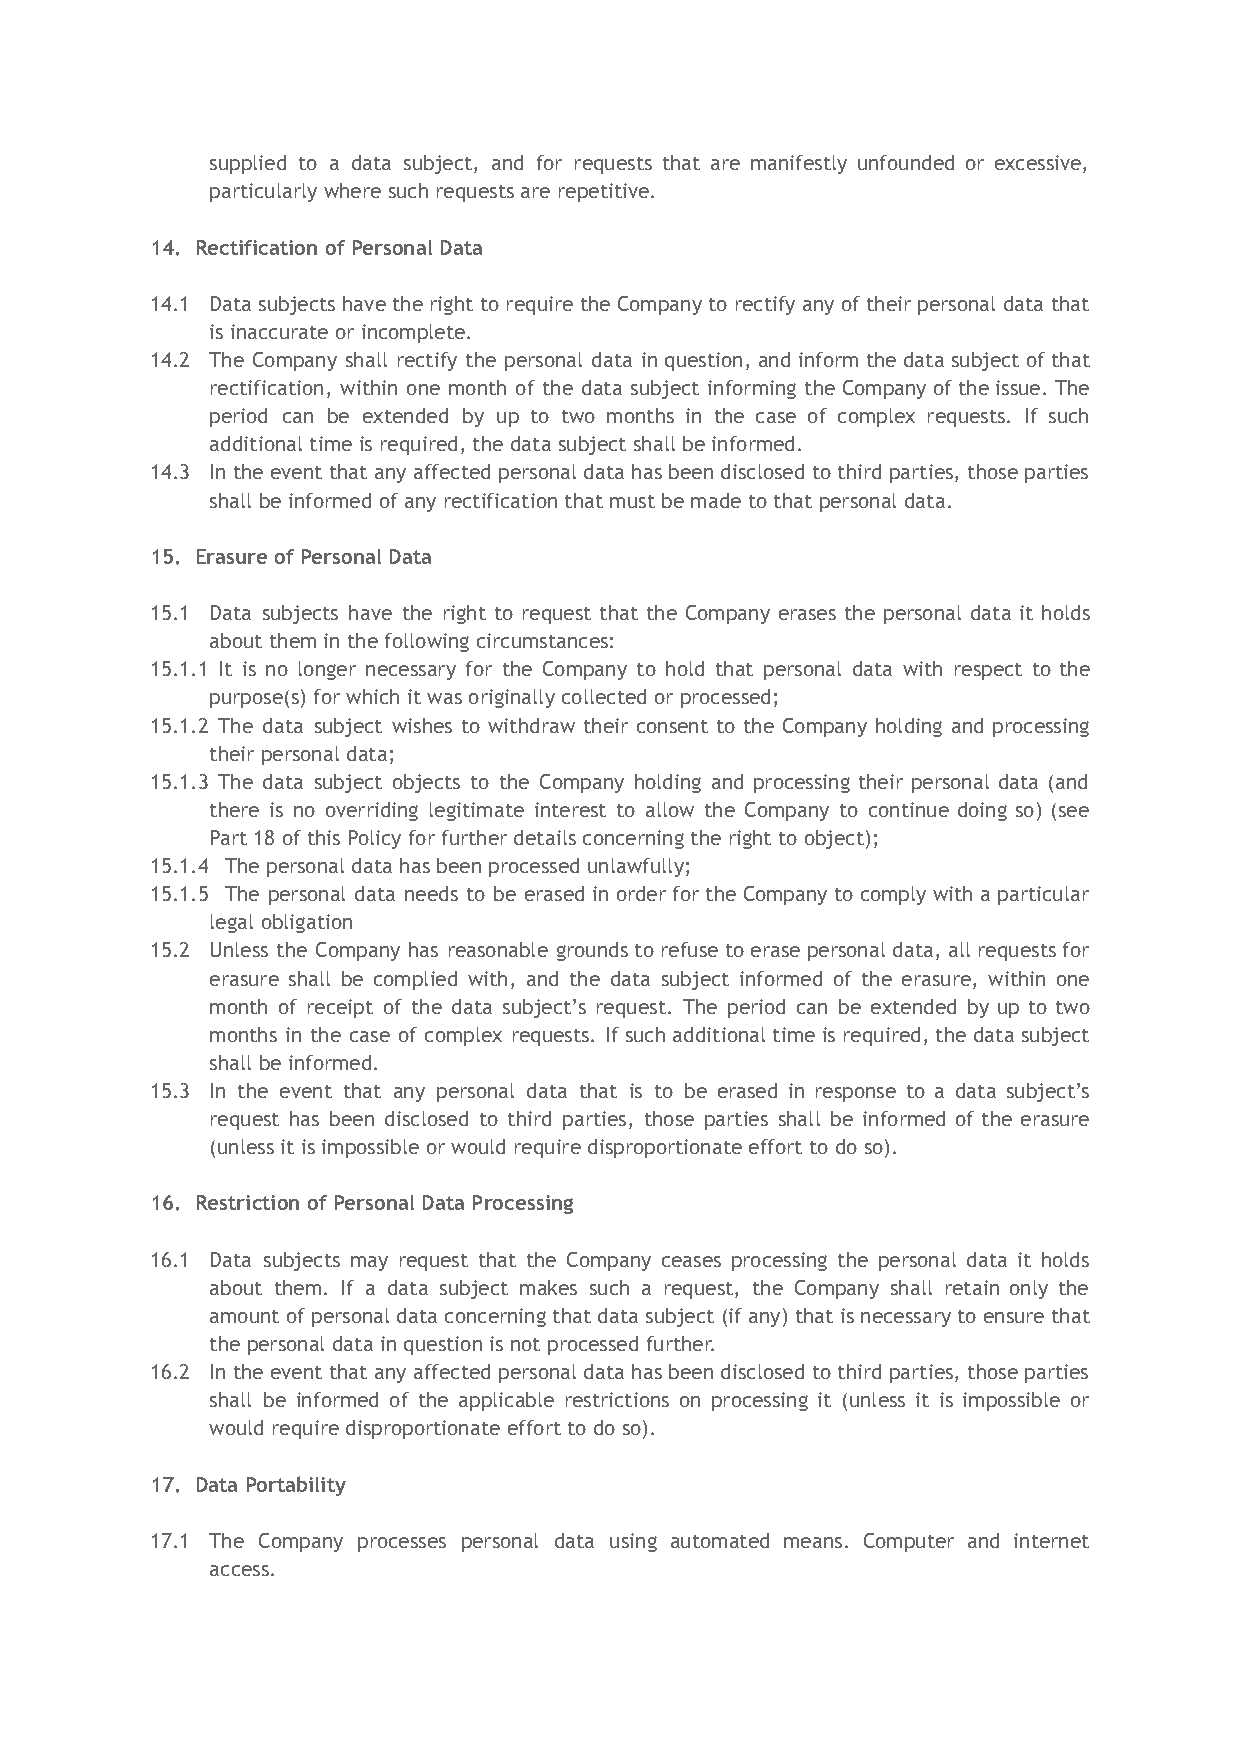
supplied to a data subject, and for requests that are manifestly unfounded or excessive,
 particularly where such requests are repetitive.
 14. Rectification of Personal Data
 14.1 Data subjects have the right to require the Company to rectify any of their personal data that
 is inaccurate or incomplete.
 14.2 The Company shall rectify the personal data in question, and inform the data subject of that
 rectification, within one month of the data subject informing the Company of the issue. The
 period can be extended by up to two months in the case of complex requests. If such
 additional time is required, the data subject shall be informed.
 14.3 In the event that any affected personal data has been disclosed to third parties, those parties
 shall be informed of any rectification that must be made to that personal data.
 15. Erasure of Personal Data
 15.1 Data subjects have the right to request that the Company erases the personal data it holds
 about them in the following circumstances:
 15.1.1 It is no longer necessary for the Company to hold that personal data with respect to the
 purpose(s) for which it was originally collected or processed;
 15.1.2 The data subject wishes to withdraw their consent to the Company holding and processing
 their personal data;
 15.1.3 The data subject objects to the Company holding and processing their personal data (and
 there is no overriding legitimate interest to allow the Company to continue doing so) (see
 Part 18 of this Policy for further details concerning the right to object);
 15.1.4 The personal data has been processed unlawfully;
 15.1.5 The personal data needs to be erased in order for the Company to comply with a particular
 legal obligation
 15.2 Unless the Company has reasonable grounds to refuse to erase personal data, all requests for
 erasure shall be complied with, and the data subject informed of the erasure, within one
 month of receipt of the data subject’s request. The period can be extended by up to two
 months in the case of complex requests. If such additional time is required, the data subject
 shall be informed.
 15.3 In the event that any personal data that is to be erased in response to a data subject’s
 request has been disclosed to third parties, those parties shall be informed of the erasure
 (unless it is impossible or would require disproportionate effort to do so).
 16. Restriction of Personal Data Processing
 16.1 Data subjects may request that the Company ceases processing the personal data it holds
 about them. If a data subject makes such a request, the Company shall retain only the
 amount of personal data concerning that data subject (if any) that is necessary to ensure that
 the personal data in question is not processed further.
 16.2 In the event that any affected personal data has been disclosed to third parties, those parties
 shall be informed of the applicable restrictions on processing it (unless it is impossible or
 would require disproportionate effort to do so).
 17. Data Portability
 17.1 The Company processes personal data using automated means. Computer and internet
 access.